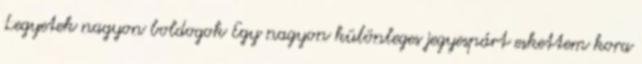
Legyetek nagyon boldogok Egy nagyon különleges jegyespárt eskettem kora